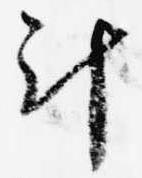
計